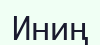
Иниң